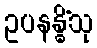
ဥပနန္ဓိံသု